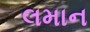
લમાન